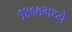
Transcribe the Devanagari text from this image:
१४०७मध्ये